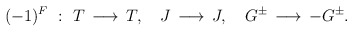
\begin{align*}(-1)^F~:~T\,\longrightarrow\, T,~~~J\,\longrightarrow\, J,~~~G^{\pm}\,\longrightarrow\, -G^{\pm} .\end{align*}